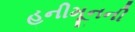
હનીમૂનની